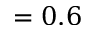
= 0 . 6